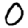
Digit: 0